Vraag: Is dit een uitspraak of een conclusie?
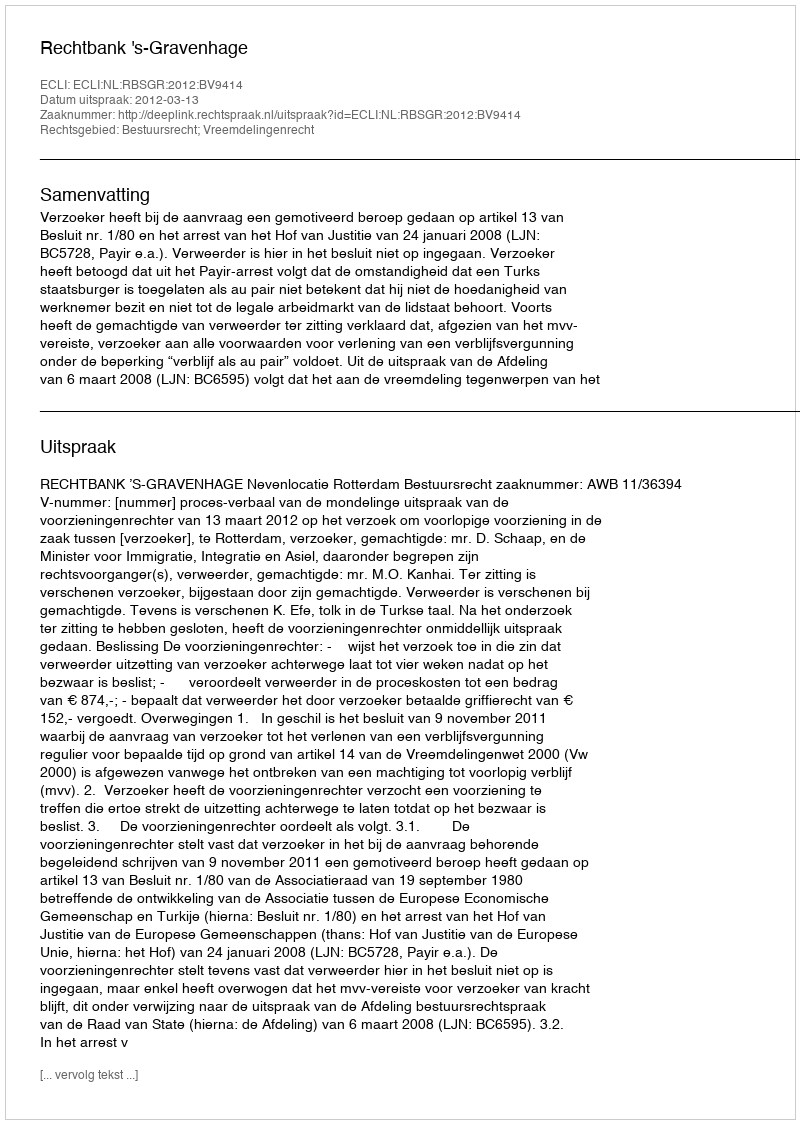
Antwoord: Uitspraak